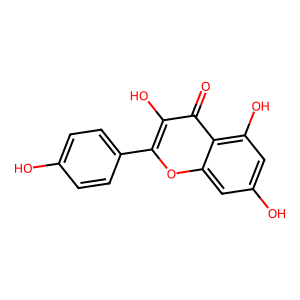
SMILES: O=c1c(O)c(-c2ccc(O)cc2)oc2cc(O)cc(O)c12
Inhibits HIV replication: No